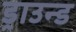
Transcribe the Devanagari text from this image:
ड्राउन्ड